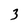
Character: 3